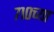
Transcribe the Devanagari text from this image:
७१०च्या